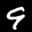
Label: 9